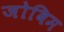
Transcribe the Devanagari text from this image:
जोबिम